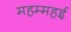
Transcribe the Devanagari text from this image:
महम्महई